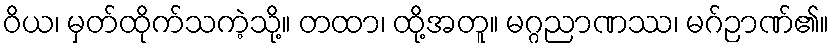
ဝိယ၊ မှတ်ထိုက်သကဲ့သို့။ တထာ၊ ထို့အတူ။ မဂ္ဂညာဏဿ၊ မဂ်ဉာဏ်၏။